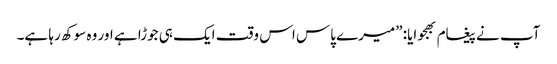
آپ نے پیغام بھجوایا: ”میرے پاس اس وقت ایک ہی جوڑا ہے اور وہ سوکھ رہا ہے۔